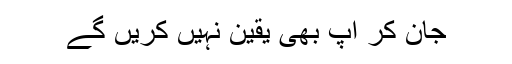
جان کر آپ بھی یقین نہیں کریں گے